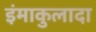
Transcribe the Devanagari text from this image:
इंमाकुलादा